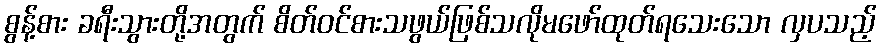
စွန့်စား ခရီးသွားတို့အတွက် စိတ်ဝင်စားသဖွယ်ဖြစ်သလိုမဖော်ထုတ်ရသေးသော လှပသည့်